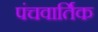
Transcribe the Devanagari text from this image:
पंचवार्तिक